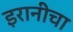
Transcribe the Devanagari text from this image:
इरानीचा